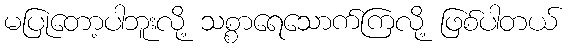
မပြုတော့ပါဘူးလို့ သစ္စာရေသောက်ကြလို့ ဖြစ်ပါတယ်